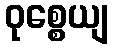
ဝုစ္စေယျ